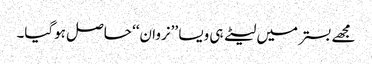
مجھے بستر میں لیٹے ہی ویسا ’’نروان‘‘ حاصل ہوگیا۔